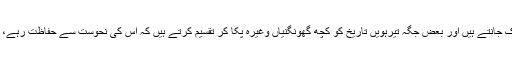
''صفر کو تیرہ تیزی کہتے ہیں اور اس مہینے کو نامبارک جانتے ہیں اور بعض جگہ تیرہویں تاریخ کو کچھ گھونگنیاں وغیرہ پکا کر تقسیم کرتے ہیں کہ اس کی نحوست سے حفاظت رہے، یہ سارے اعتقاد شرع کے خلاف اور گناہ ہیں، توبہ کرو۔